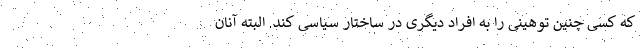
که کسی چنین توهینی را به افراد دیگری در ساختار سیاسی کند. البته آنان